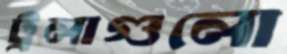
ট্রলাগুলো